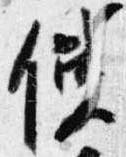
使